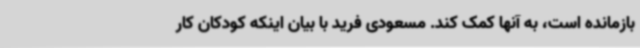
بازمانده است، به آنها کمک کند. مسعودی فرید با بیان اینکه کودکان کار